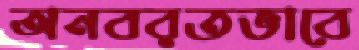
অনবরতভাবে